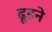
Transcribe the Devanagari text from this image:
ढूडने